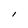
Character: l